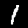
Digit: 1